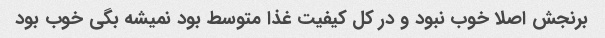
برنجش اصلا خوب نبود و در کل کیفیت غذا متوسط بود نمیشه بگی خوب بود